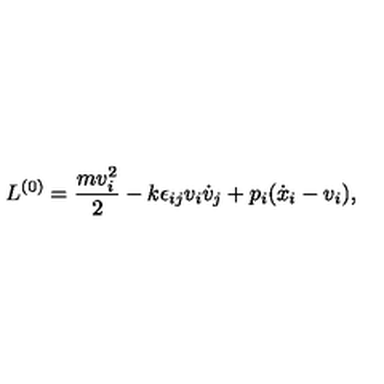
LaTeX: { L } ^ { ( 0 ) } = \frac { m v _ { i } ^ { 2 } } { 2 } - k { \epsilon } _ { i j } v _ { i } \dot { v } _ { j } + p _ { i } ( \dot { x } _ { i } - v _ { i } ) ,